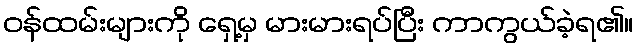
ဝန်ထမ်းများကို ရှေ့မှ မားမားရပ်ပြီး ကာကွယ်ခဲ့ရ၏။